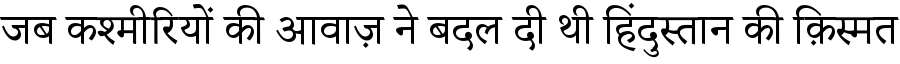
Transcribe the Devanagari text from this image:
जब कश्मीरियों की आवाज़ ने बदल दी थी हिंदुस्तान की क़िस्मत